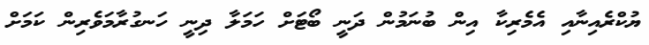
ޔުކްރެއިނާއި އެމެރިކާ އިން ބުނަމުން ދަނީ ބޯޓަށް ހަމަލާ ދިނީ ހަނގުރާމަވެރިން ކަމަށް